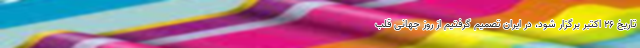
تاریخ ۲۶ اکتبر برگزار شود، در ایران تصمیم گرفتیم از روز جهانی قلب